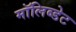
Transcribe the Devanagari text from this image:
मॉलिब्डेट